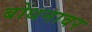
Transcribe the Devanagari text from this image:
बोधनावर